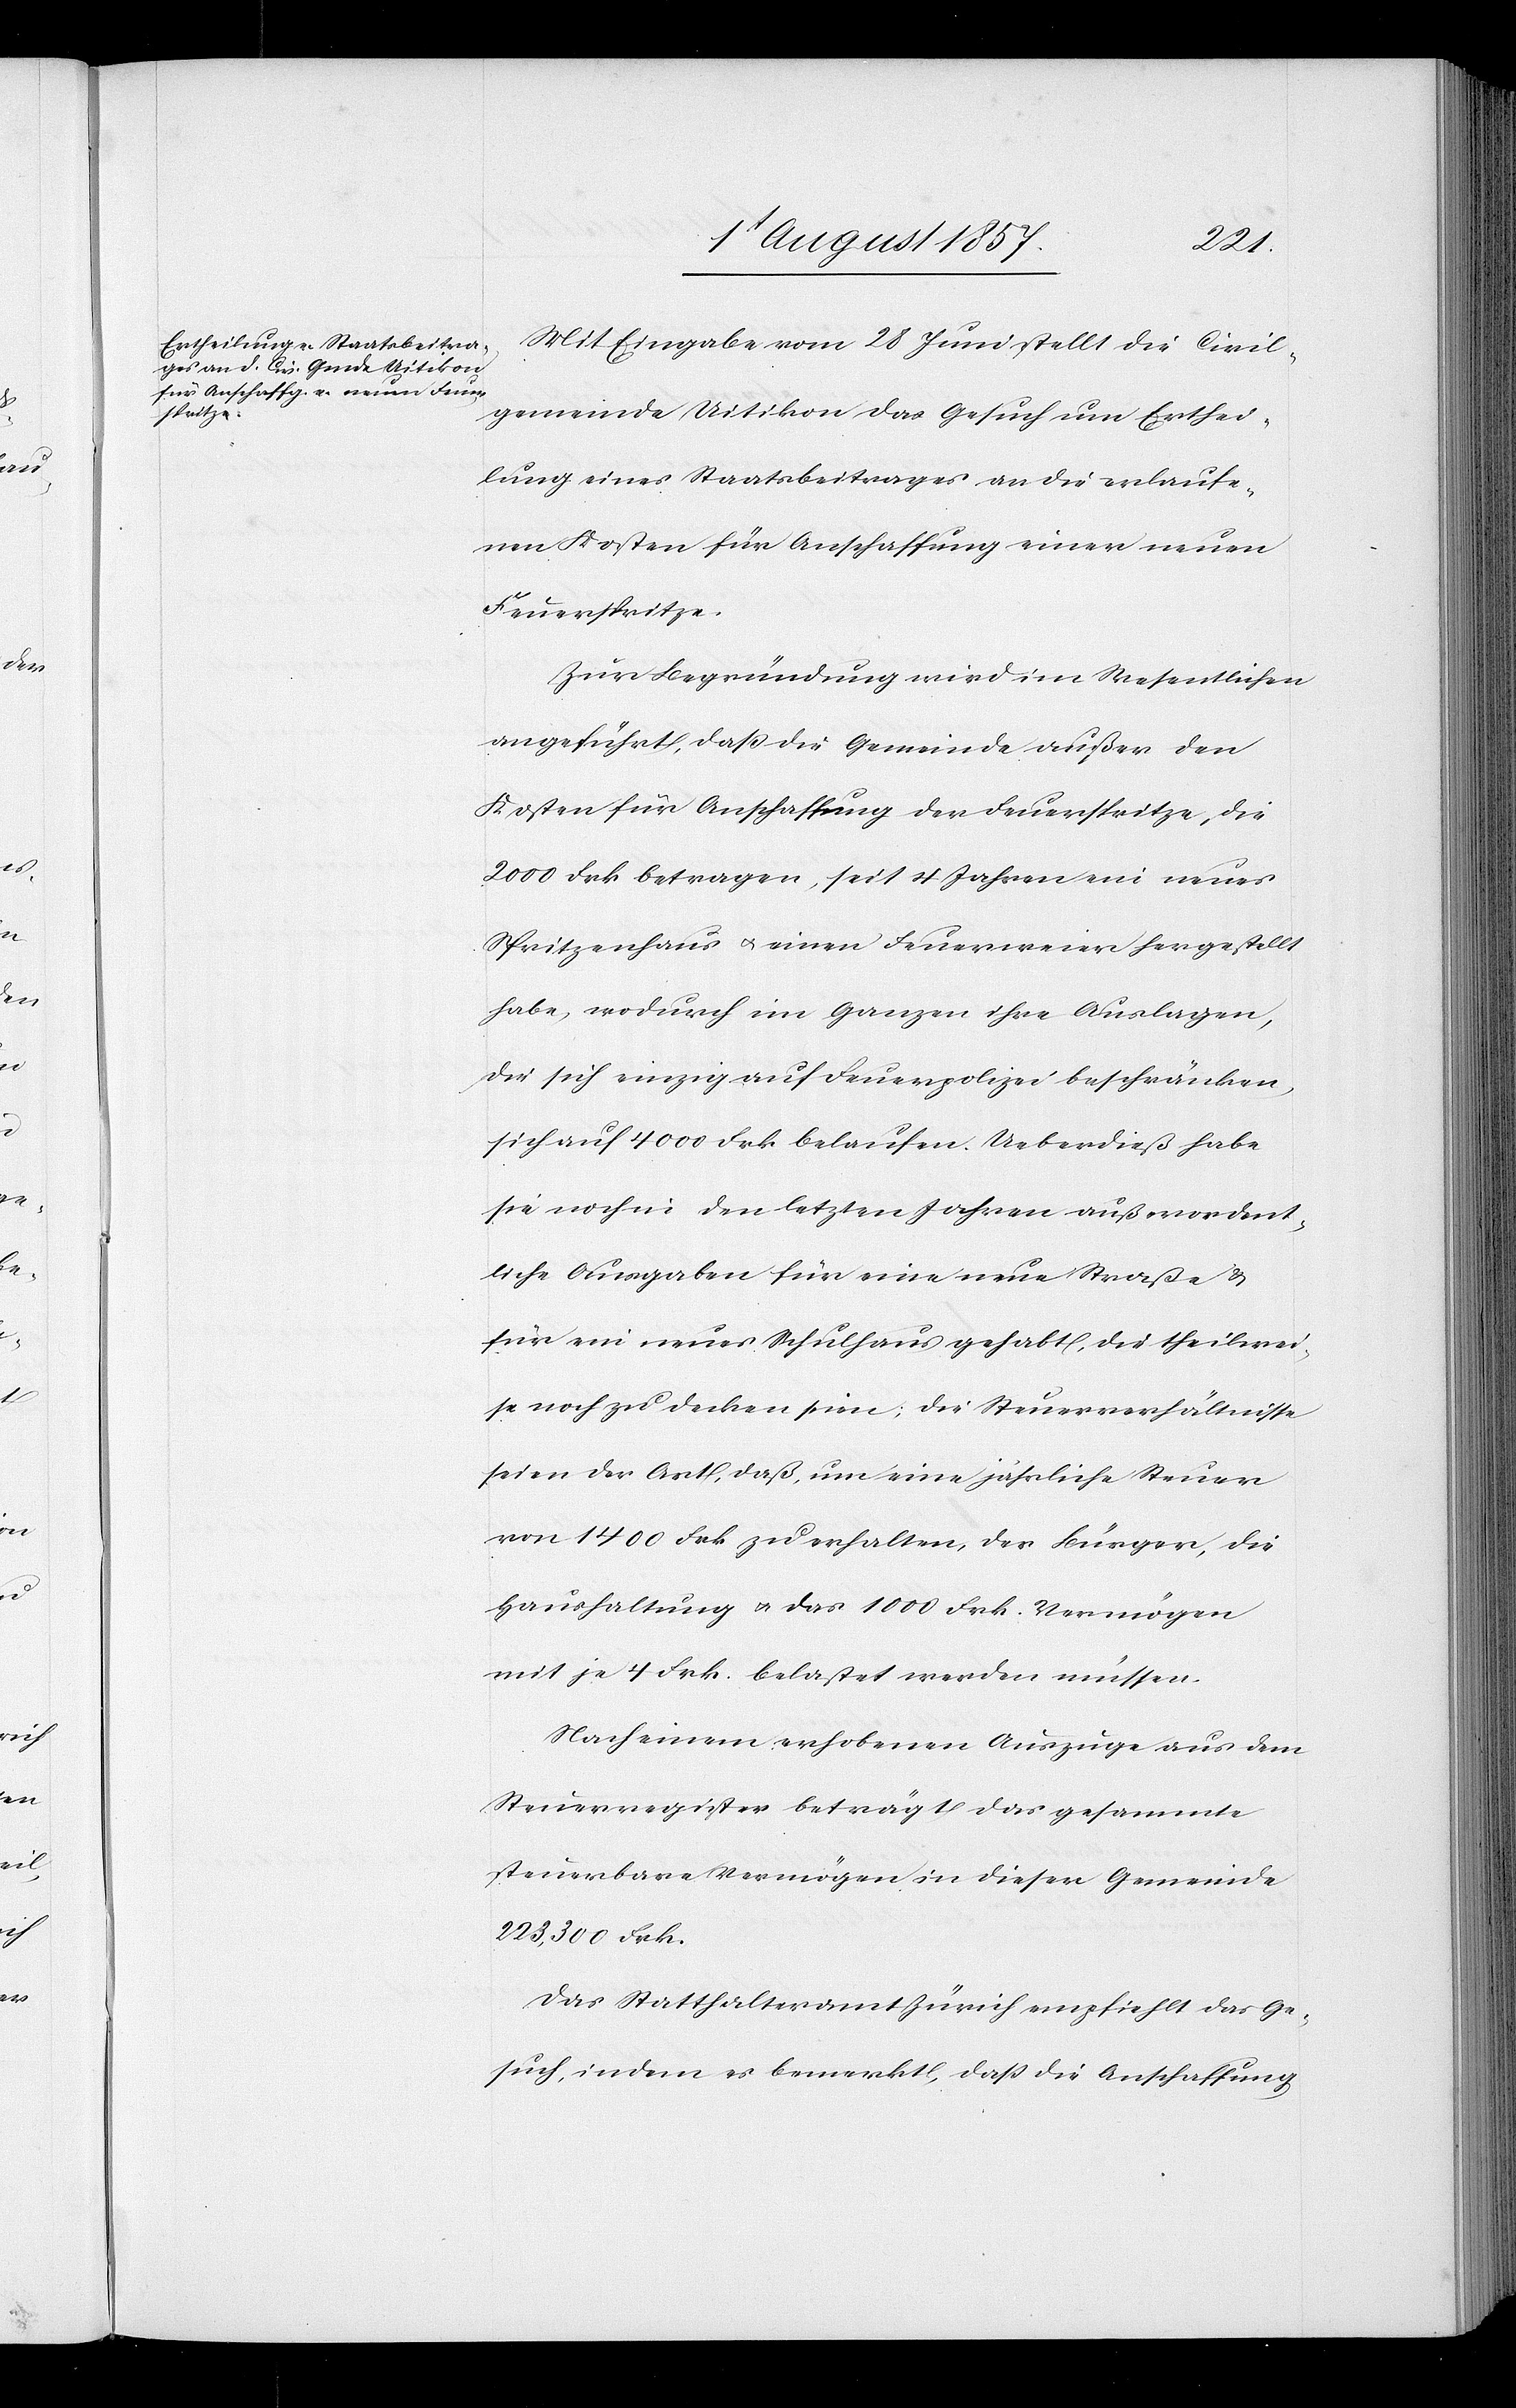
Mit Eingabe vom 28 Juni stellt die Civil¬
gemeinde Uitikon das Gesuch um Entschei¬
dung eines Staatsbeitrages an die erlaufe¬
nen Kosten für Anschaffung einer neuen
Feuerspritze.
Zur Begründung wird im Wesentlichen
angeführt, daß die Gemeinde außer den
Kosten für Anschaffung der Feuerspritze, die
2 000 Frk. betragen, seit 4 Jahren ein neues
Spritzenhaus & einen Feuerverein hergestellt
habe, wodurch im Ganzen ihre Auslagen,
die sich einzig auf Feuerpolizei beschränken,
sich auf 4 000 Frk. belaufen. Ueberdieß habe
sie noch in den letzten Jahren außerordent¬
liche Ausgaben für eine neue Straße &
für ein neues Schulhaus gehabt, die theilwei¬
se noch zu decken seien, die Steuerverhältnisse
seien der Art, daß, um eine jährliche Steuer
von 1 400 Frk. zu erhalten, der Bürger, die
Haushaltung & das 1 000 Frk. Vermögen
mit je 4 Frk. belastet werden müssen.
Nach einem erhobenen Auszuge aus dem
Steuerregister beträgt das gesammte
steuerbare Vermögen in dieser Gemeinde
223,500 Frk.
Das Statthalteramt Zürich empfiehlt das Ge¬
such, indem es bemerkt, daß die Anschaffung